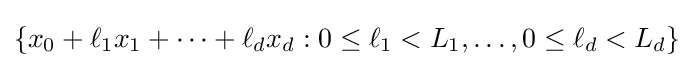
\{x_{0}+\ell _{1}x_{1}+\cdots +\ell _{d}x_{d}:0\leq \ell _{1}<L_{1},\ldots ,0\leq \ell _{d}<L_{d}\}